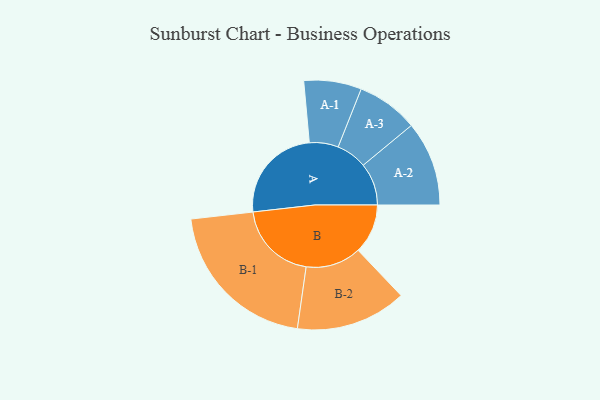
{"axis": {"x": "Segment", "y": "Value"}, "legend": ["", "A", "B"], "data": [{"x": "A", "y": 346, "type": ""}, {"x": "B", "y": 176, "type": ""}, {"x": "A-1", "y": 102, "type": "A"}, {"x": "A-2", "y": 150, "type": "A"}, {"x": "A-3", "y": 109, "type": "A"}, {"x": "B-1", "y": 286, "type": "B"}, {"x": "B-2", "y": 196, "type": "B"}]}